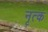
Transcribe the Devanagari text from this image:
नृत्क